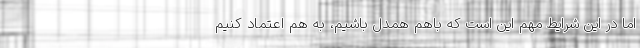
اما در این شرایط مهم این است که باهم همدل باشیم، به هم اعتماد کنیم